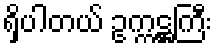
ရှိပါတယ် ဥက္ကဋ္ဌကြီး